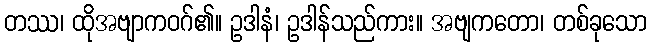
တဿ၊ ထိုအဗျာကဝဂ်၏။ ဥဒါနံ၊ ဥဒါန်သည်ကား။ အဗျကတော၊ တစ်ခုသော